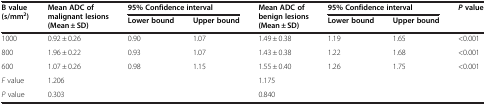
| <ROWSPAN=2> B value (s/mm2) | <ROWSPAN=2> Mean ADC of malignant lesions (Mean ± SD) | <COLSPAN=2> 95% Confidence interval | <ROWSPAN=2> Mean ADC of benign lesions (Mean ± SD) | <COLSPAN=2> 95% Confidence interval | <ROWSPAN=2> Pvalue |
 | Lower bound | Upper bound | Lower bound | Upper bound |
 | --- | --- | --- | --- | --- | --- | --- | --- |
 | 1000 | 0.92 ± 0.26 | 0.90 | 1.07 | 1.49 ± 0.38 | 1.19 | 1.65 | <0.001 |
 | 800 | 1.96 ± 0.22 | 0.93 | 1.07 | 1.43 ± 0.38 | 1.22 | 1.68 | <0.001 |
 | 600 | 1.07 ± 0.26 | 0.98 | 1.15 | 1.55 ± 0.40 | 1.26 | 1.75 | <0.001 |
 | F value | 1.206 |  |  | 1.175 |  |  |  |
 | P value | 0.303 |  |  | 0.840 |  |  |  |